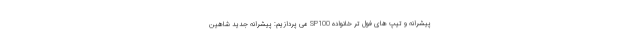
پیشرانه و تیپ های فول تر خانواده SP100 می پردازیم: پیشرانه جدید شاهین